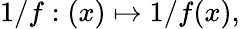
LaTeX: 1/f:(x)\mapsto 1/f(x),